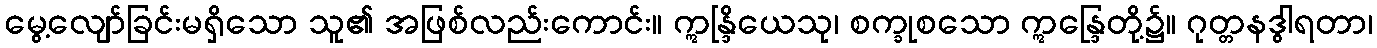
မွေ့လျော်ခြင်းမရှိသော သူ၏ အဖြစ်လည်းကောင်း။ ဣန္ဒြိယေသု၊ စက္ခုစသော ဣန္ဒြေတို့၌။ ဂုတ္တနဒွါရတာ၊